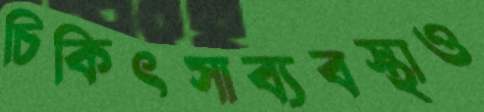
চিকিৎসাব্যবস্থাও